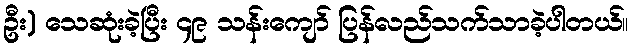
ဦး) သေဆုံးခဲ့ပြီး ၄၉ သန်းကျော် ပြန်လည်သက်သာခဲ့ပါတယ်။